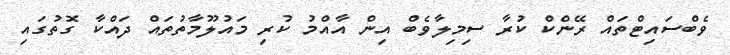
ވެބްސައިޓްތައް ރޭންކް ކުރާ ސިމިލާވެބް އިން އާއްމު ކުރި މައުލޫމާތުތައް ދައްކާ ގޮތުގައި